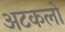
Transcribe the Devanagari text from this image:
अटकलो